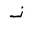
Letter: _thal